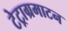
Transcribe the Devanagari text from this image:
टेट्राग्रमाटन